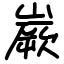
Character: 嶡